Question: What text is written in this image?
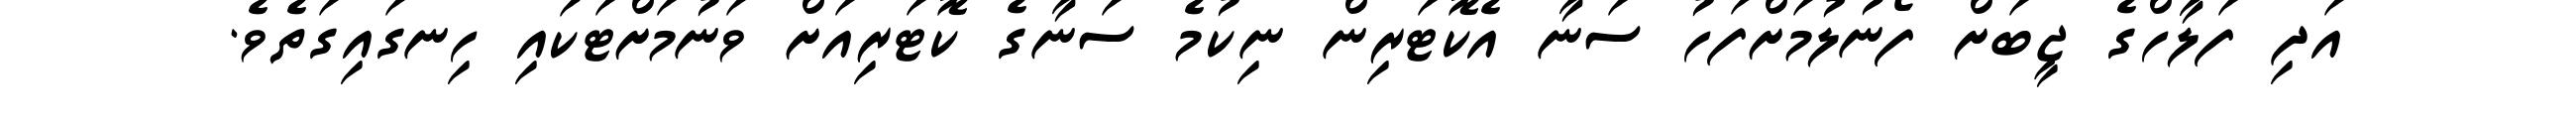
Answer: އަދި ފަލާހްގެ ޖީބަށް ފޯނުލުމަށްފަހު ސަނާ އެކޮޓަރިން ނިކުމެ ސަނާގެ ކޮޓަރިއަށް ވަނުމަށްޓަކައި ހިނގައިގަތެވެ.